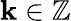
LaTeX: \mathbf{k}\in\mathbb{{Z}}